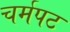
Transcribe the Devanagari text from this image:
चर्मपट